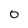
Character: 0